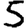
Digit: 5